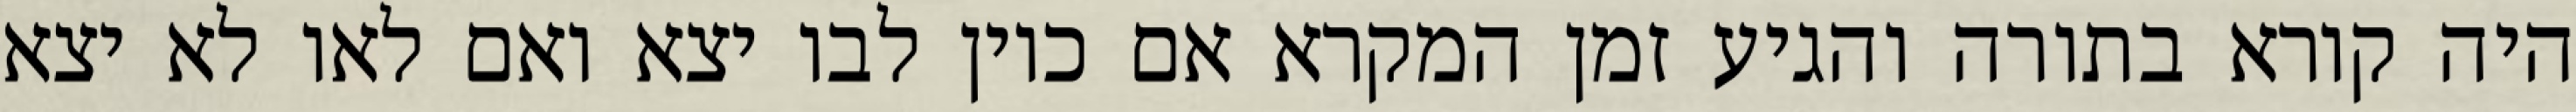
היה קורא בתורה והגיע זמן המקרא אם כיון לבו יצא ואם לאו לא יצא